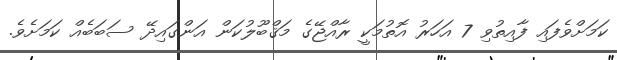
ކަމަށްވެފައި ފާއިތުވި 7 އަހަރު އޮތުމަކީ ރާއްޖޭގެ މަޤްބޫލުކަން އަންގައިދޭ ސަބަބެއް ކަމަށެވެ.